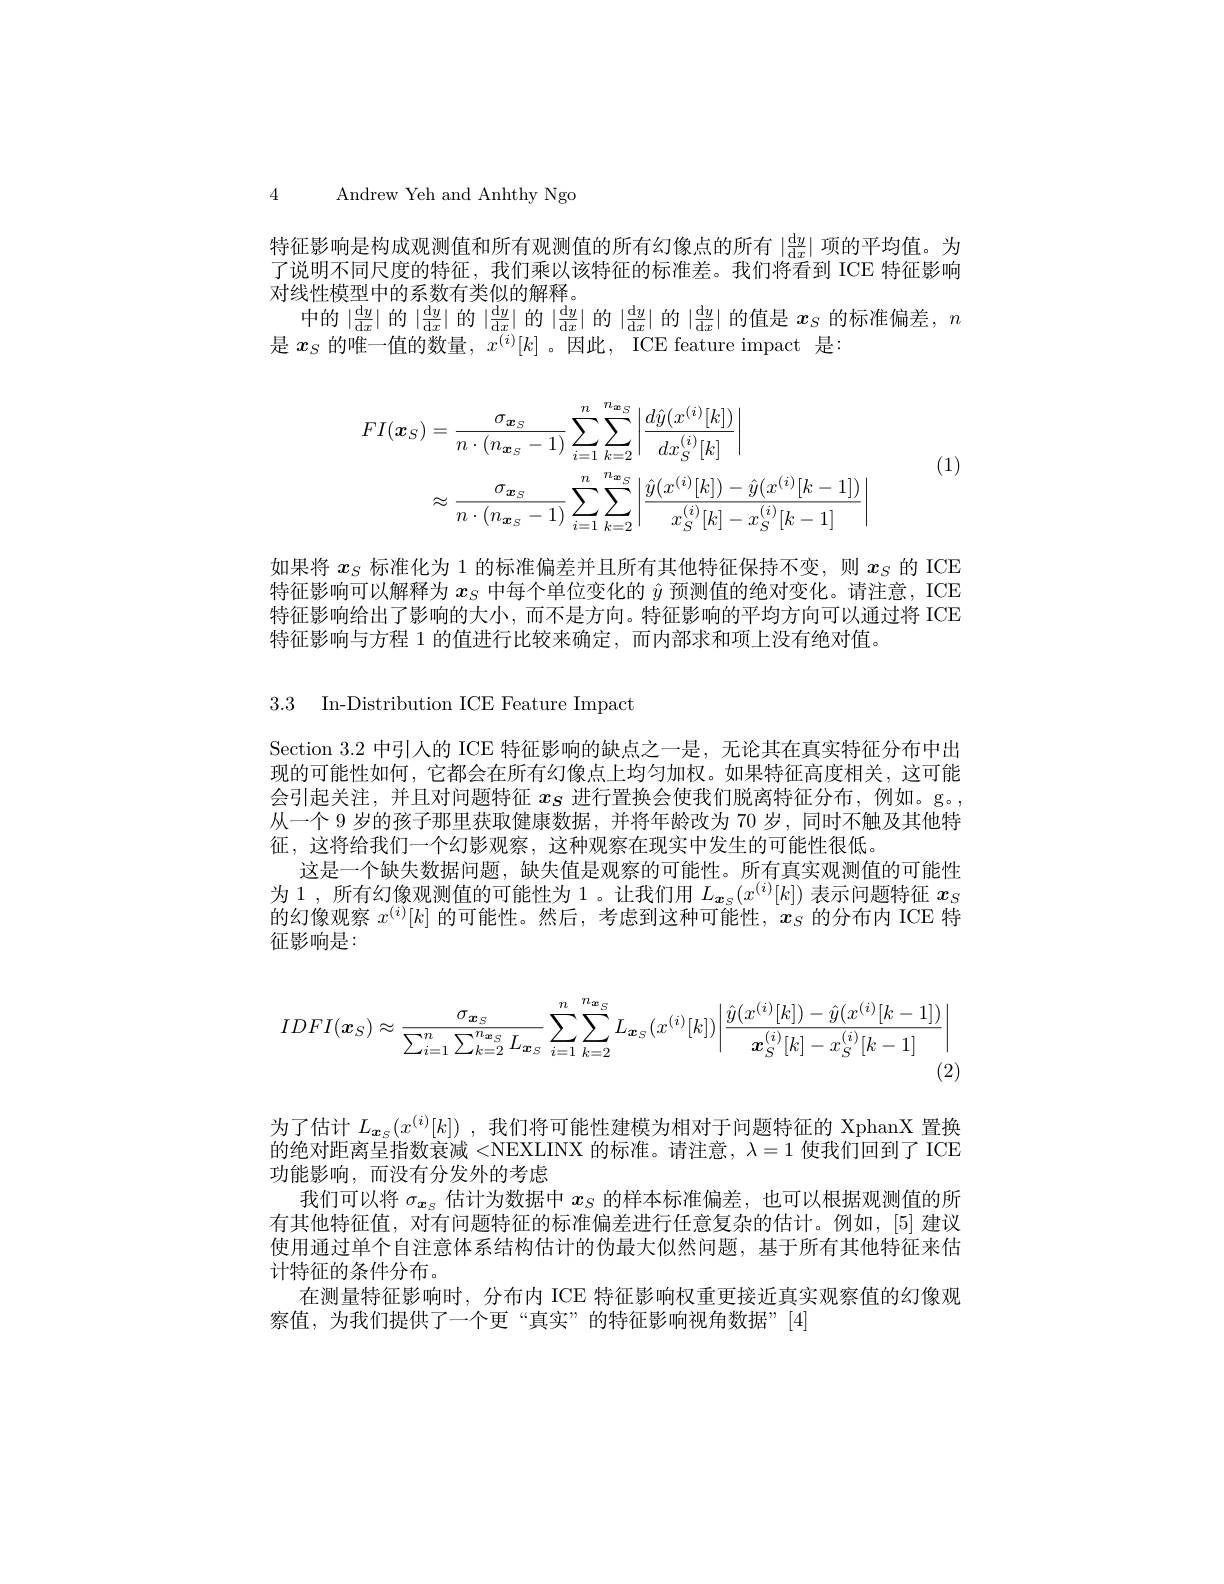
4 Andrew Yeh and Anhthy Ngo

特征影响是构成观测值和所有观测值的所有幻像点的所有$|\frac{\mathrm{d}y}{\mathrm{d}x}|$项的平均值。为了说明不同尺度的特征，我们乘以该特征的标准差。我们将看到 ICE 特征影响对线性模型中的系数有类似的解释。
中的$|\frac{\mathrm{d}y}{\mathrm{d}x}|$的$|\frac{\mathrm{d}y}{\mathrm{d}x}|$的$|\frac{\mathrm{d}y}{\mathrm{d}x}|$的$|\frac{\mathrm{d}y}{\mathrm{d}x}|$的$|\frac{\mathrm{d}y}{\mathrm{d}x}|$的$|\frac{\mathrm{d}y}{\mathrm{d}{x}}|$的$|\frac{\mathrm{d}y}{\mathrm{d}x}|$的$|\frac{\mathrm{d}y}{\mathrm{d}x}|$的$|\frac{\mathrm{d}y}{\mathrm{d}x}|$的$|\frac{\mathrm{d}y}{\mathrm{d}x}|$的$|\frac{\mathrm{d}y}y{\mathrm{d}x}|$的$|\frac{\mathrm{d}y}{\mathrm{d}x}|$的$|\frac{\mathrm{d}y$
是 $x_S$ 的唯一值的数量，$x^(i)[k]$ 。因此，ICE feature impact 是：

(1)
$$\begin{aligned}FI(\boldsymbol{x}_{S})&=\frac{\sigma_{\boldsymbol{x}_{S}}}{n\cdot(n_{\boldsymbol{x}_{S}}-1)}\sum_{i=1}^{n}\sum_{k=2}^{n\boldsymbol{x}_{S}}\left|\frac{d\hat{y}(x^{(i)}[k])}{dx_{S}^{(i)}[k]}\right|\\&\approx\frac{\sigma_{\boldsymbol{x}_{S}}}{n\cdot(n_{\boldsymbol{x}_{S}}-1)}\sum_{i=1}^{n}\sum_{k=2}^{n\boldsymbol{x}_{S}}\left|\frac{\hat{y}(x^{(i)}[k])-\hat{y}(x^{(i)}[k-1])}{x_{S}^{(i)}[k]-x_{S}^{(i)}[k-1]}\right|\end{aligned}$$
如果将$x_S$标准化为 1 的标准偏差并且所有其他特征保持不变，则$x_S$的 ICE 特征影响可以解释为$x_S$中每个单位变化的$\hat{y}$预测值的绝对变化。请注意，ICE 特征影响给出了影响的大小，而不是方向。特征影响的平均方向可以通过将 ICE 特征影响与方程 1 的值进行比较来确定，而内部求和项上没有绝对值。

3.3 In-Distribution ICE Feature Impact

Section 3.2 中引人的 ICE 特征影响的缺点之一是，无论其在真实特征分布中出现的可能性如何，它都会在所有幻像点上均匀加权。如果特征高度相关，这可能会引起关注，并且对问题特征$x_\mathrm{S}$进行置换会使我们脱离特征分布，例如。g。, 从一个 9 岁的孩子那里获取健康数据，并将年龄改为 70 岁，同时不触及其他特征，这将给我们一个幻影观察，这种观察在现实中发生的可能性很低。
这是一个缺失数据问题，缺失值是观察的可能性。所有真实观测值的可能性为 1 , 所有幻像观测值的可能性为 1 。让我们用$L_{\boldsymbol{x}_\mathrm{s}}(x^{(i)}[k])$表示问题特征$x_S$ 的幻像观察$x^(i)[k]$的可能性。然后，考虑到这种可能性，$x_S$的分布内 ICE 特征影响是：
$$IDFI(\boldsymbol{x}_{S})\approx\frac{\sigma_{\boldsymbol{x}_{S}}}{\sum_{i=1}^{n}\sum_{k=2}^{n_{\boldsymbol{x}_{S}}}L_{\boldsymbol{x}_{S}}}\sum_{i=1}^{n_{\boldsymbol{x}_{S}}}\sum_{k=2}^{n_{\boldsymbol{x}_{S}}}L_{\boldsymbol{x}_{S}}(x^{(i)}[k])\left|\frac{\hat{y}(x^{(i)}[k])-\hat{y}(x^{(i)}[k-1])}{\boldsymbol{x}_{S}^{(i)}[k]-x_{S}^{(i)}[k-1]}\right|$$
(2)

为了估计$L_{\boldsymbol{x}_s}(x^{(i)}[k])$ ,我们将可能性建模为相对于问题特征的 XphanX 置换的绝对距离呈指数衰减<NEXLINX 的标准。请注意，$\lambda=1$使我们回到了 ICE 功能影响，而没有分发外的考虑
我们可以将$\sigma_{\boldsymbol{x}_S}$估计为数据中$x_S$的样本标准偏差，也可以根据观测值的所有其他特征值，对有问题特征的标准偏差进行任意复杂的估计。例如，[5] 建议使用通过单个自注意体系结构估计的伪最大似然问题，基于所有其他特征来估计特征的条件分布。
在测量特征影响时，分布内 ICE 特征影响权重更接近真实观察值的幻像观
察值，为我们提供了一个更“真实”的特征影响视角数据”[4]